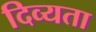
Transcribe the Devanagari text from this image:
दिव्‍यता